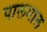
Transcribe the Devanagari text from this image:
पालमाल